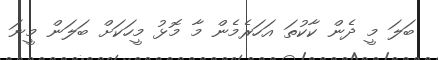
ބަލަ މީ ދެން ކާކުތަ އަހަރެމެން މާ މޮޅު މީހަކަށް ބަލަން މީނަ